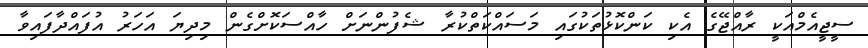
ސީޖީއެމްއަކީ ރާއްޖޭގެ އެކި ކަންކޮޅުތަކުގައި މަސައްކަތްކުރާ ޝެފުންނަށް ހާއްސަކޮށްގެން މިދިޔަ އަހަރު އުފައްދާފައިވާ